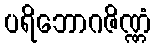
ပရိဘောဂဇိဏ္ဏံ